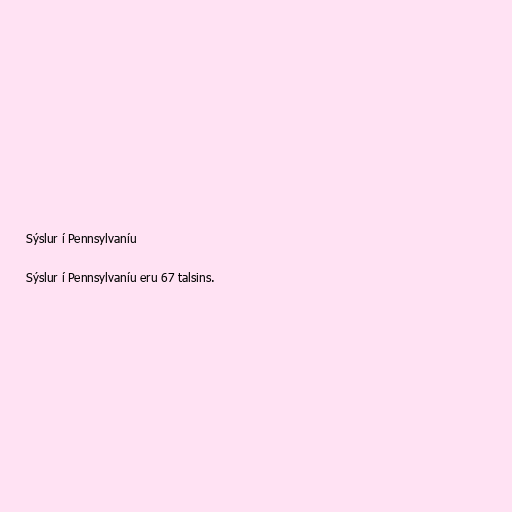
Sýslur í Pennsylvaníu

Sýslur í Pennsylvaníu eru 67 talsins.